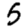
Digit: 5